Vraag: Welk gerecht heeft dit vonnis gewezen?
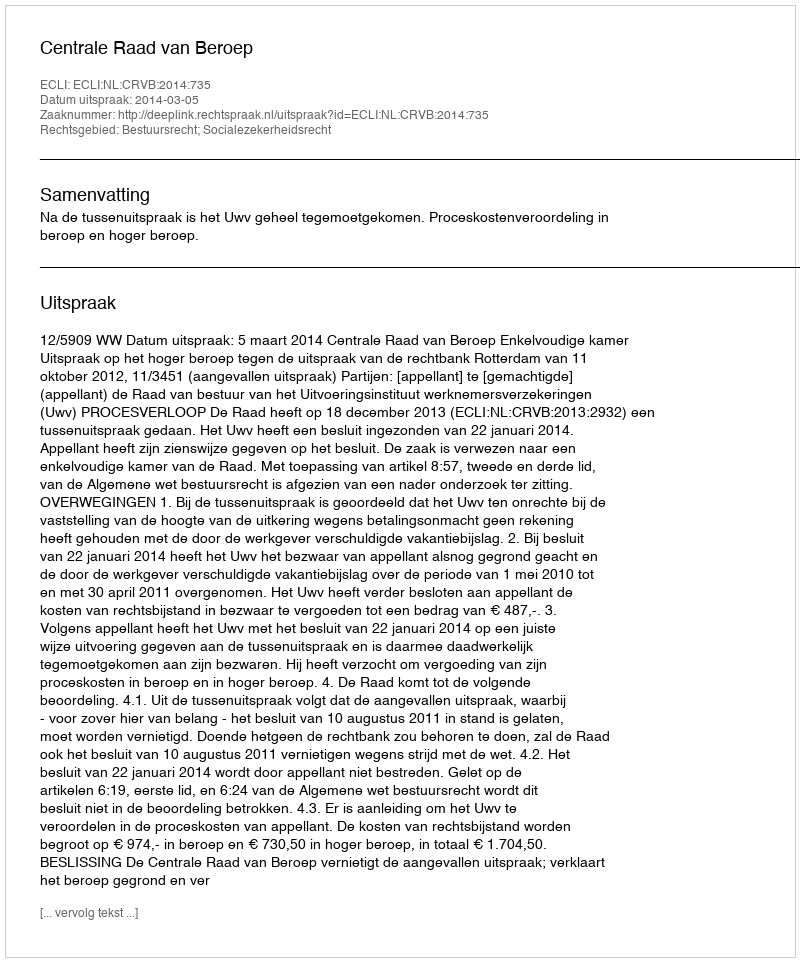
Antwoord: Centrale Raad van Beroep